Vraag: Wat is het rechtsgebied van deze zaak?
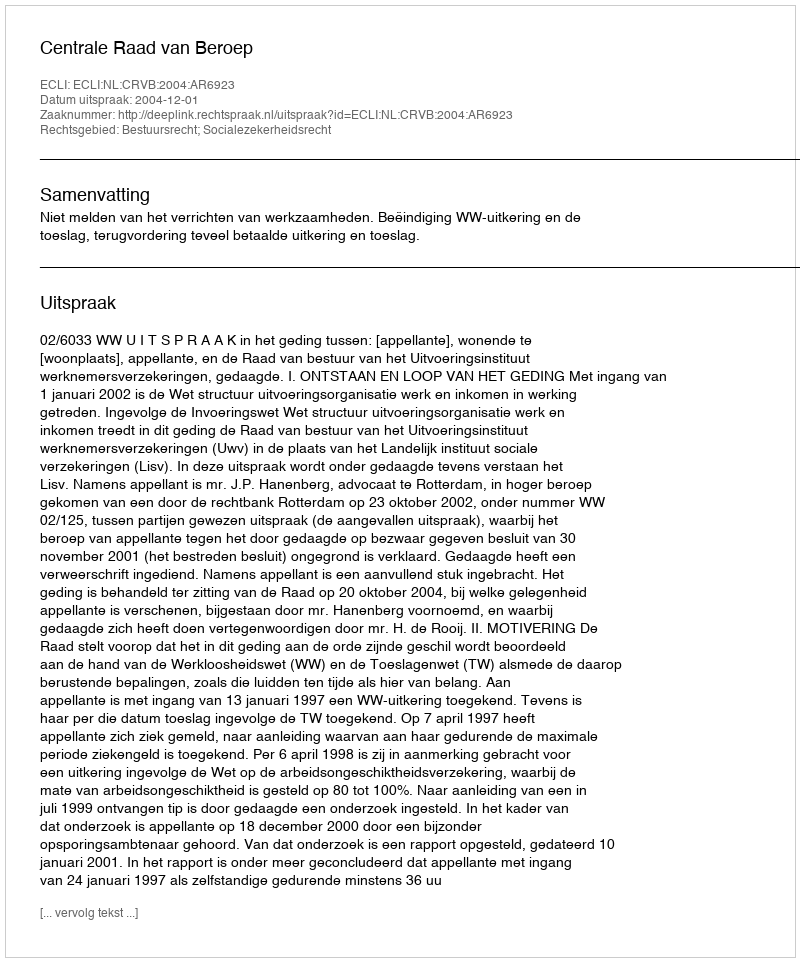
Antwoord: Bestuursrecht; Socialezekerheidsrecht